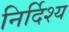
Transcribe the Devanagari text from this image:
निर्दिश्य